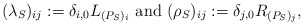
\begin{align*} (\lambda_{S})_{ij} := \delta_{i,0}L_{(P_S)_i} \mbox{ and } (\rho_{S})_{ij} := \delta_{j,0} R_{(P_S)_j}, \end{align*}